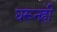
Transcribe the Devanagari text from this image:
घरूनही